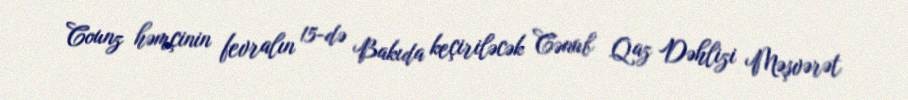
Counz həmçinin fevralın 15-də Bakıda keçiriləcək Cənub Qaz Dəhlizi Məşvərət